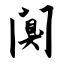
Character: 阒